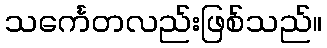
သင်္ကေတလည်းဖြစ်သည်။